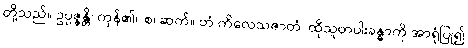
တို့သည်။ ဥပ္ပဇ္ဇန္တိ၊ ကုန်၏။ စ၊ ဆက်။ တံ ကိလေသဇာတံ၊ ထိုသူတပါးခန္ဓာကို အာရုံပြု၍